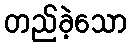
တည်ခဲ့သော